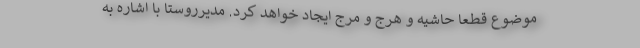
موضوع قطعا حاشیه و هرج و مرج ایجاد خواهد کرد. مدیرروستا با اشاره به